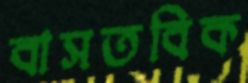
বাসতবিক